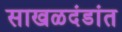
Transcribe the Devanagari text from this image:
साखळदंडांत